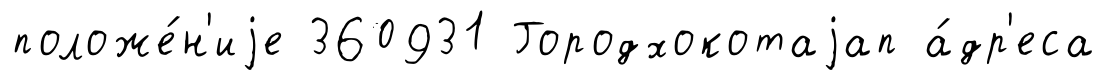
положе́н'иjе 360931 Городхокотаjап а́др'еса